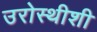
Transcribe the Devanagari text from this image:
उरोस्थीशी